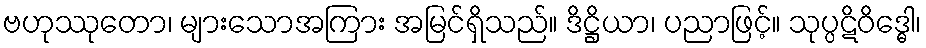
ဗဟုဿုတော၊ များသောအကြား အမြင်ရှိသည်။ ဒိဋ္ဌိယာ၊ ပညာဖြင့်။ သုပ္ပဋိဝိဒ္ဓေါ၊